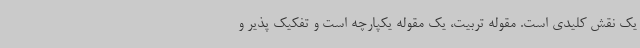
یک نقش کلیدی است. مقوله تربیت، یک مقوله یکپارچه است و تفکیک پذیر و